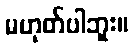
မဟုတ်ပါဘူး။